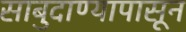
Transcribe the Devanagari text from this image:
साबुदाण्यापासून